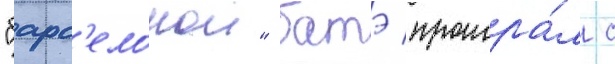
"барс'елонои" батэ проигра́л с